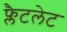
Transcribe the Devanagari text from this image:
फ्लैटलेट